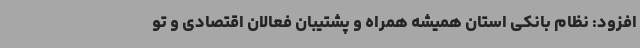
افزود: نظام بانکی استان همیشه همراه و پشتیبان فعالان اقتصادی و تو